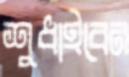
শুধাইবেন